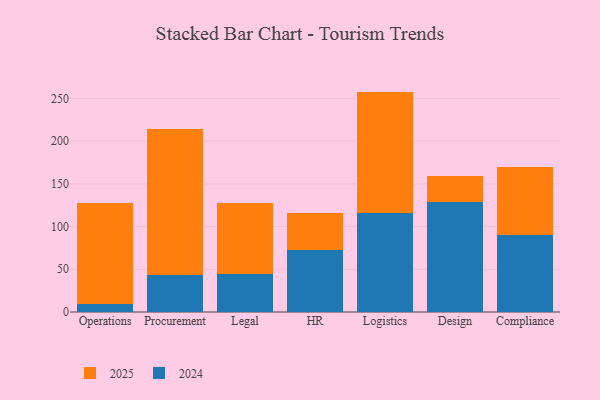
{"axis": {"x": "Department", "y": "Humidity (%)"}, "legend": ["2024", "2025"], "data": [{"x": "Operations", "y": 117.3, "type": "2025"}, {"x": "Operations", "y": 9.8, "type": "2024"}, {"x": "Procurement", "y": 170.9, "type": "2025"}, {"x": "Procurement", "y": 43.3, "type": "2024"}, {"x": "Legal", "y": 83.4, "type": "2025"}, {"x": "Legal", "y": 44.1, "type": "2024"}, {"x": "HR", "y": 42.9, "type": "2025"}, {"x": "HR", "y": 72.5, "type": "2024"}, {"x": "Logistics", "y": 142.1, "type": "2025"}, {"x": "Logistics", "y": 115.9, "type": "2024"}, {"x": "Design", "y": 30.6, "type": "2025"}, {"x": "Design", "y": 128.7, "type": "2024"}, {"x": "Compliance", "y": 79.9, "type": "2025"}, {"x": "Compliance", "y": 90.0, "type": "2024"}]}